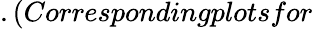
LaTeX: .(Correspondingplotsfor